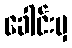
ခေါင်းမှ